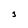
Character: 3